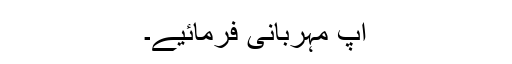
آپ مہربانی فرمائیے۔